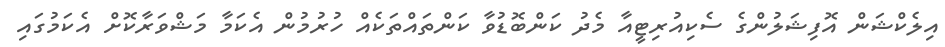
އިލެކްޝަން އޮފިޝަލުންގެ ސެކިއުރިޓީއާ މެދު ކަންބޮޑުވާ ކަންތައްތަކެއް ހުރުމުން އެކަމާ މަޝްވަރާކޮށް އެކަމުގައި